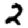
Digit: 2